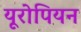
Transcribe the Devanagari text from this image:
यूरोपियन